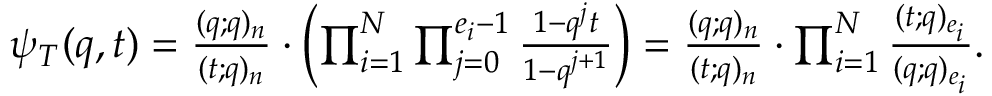
\begin{array} { r } { \psi _ { T } ( q , t ) = \frac { ( q ; q ) _ { n } } { ( t ; q ) _ { n } } \cdot \left( \prod _ { i = 1 } ^ { N } \prod _ { j = 0 } ^ { e _ { i } - 1 } \frac { 1 - q ^ { j } t } { 1 - q ^ { j + 1 } } \right) = \frac { ( q ; q ) _ { n } } { ( t ; q ) _ { n } } \cdot \prod _ { i = 1 } ^ { N } \frac { ( t ; q ) _ { e _ { i } } } { ( q ; q ) _ { e _ { i } } } . } \end{array}